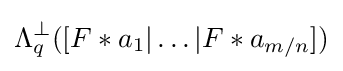
\Lambda _{q}^{\perp }([F\ast a_{1}|\ldots |F\ast a_{m/n}])